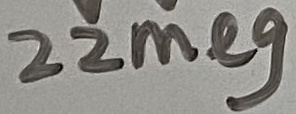
Text: 22meg